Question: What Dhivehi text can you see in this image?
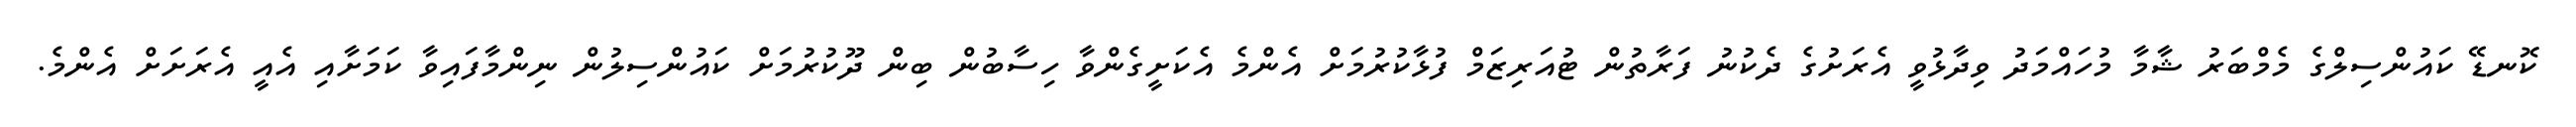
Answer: ކޮނޑޭ ކައުންސިލްގެ މެމްބަރު ޝާމާ މުހައްމަދު ވިދާޅުވީ އެރަށުގެ ދެކުނު ފަރާތުން ޓުއަރިޒަމް ފުޅާކުރުމަށް އެންމެ އެކަށީގެންވާ ހިސާބުން ބިން ދޫކުރުމަށް ކައުންސިލުން ނިންމާފައިވާ ކަމަށާއި އެއީ އެރަށަށް އެންމެ.